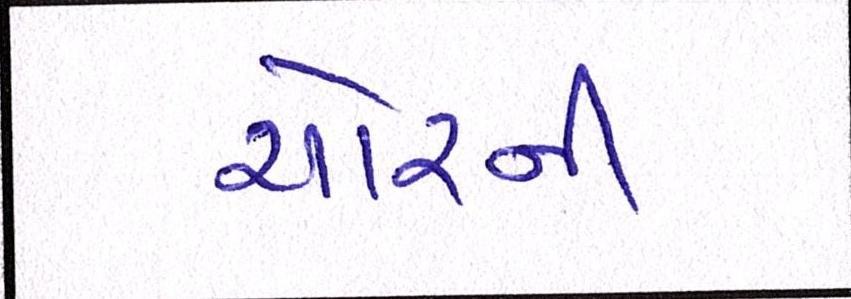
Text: ચોરની